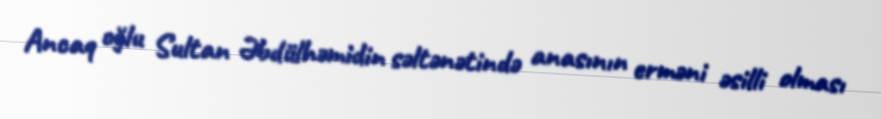
Ancaq oğlu Sultan Əbdülhəmidin səltənətində anasının erməni əsilli olması